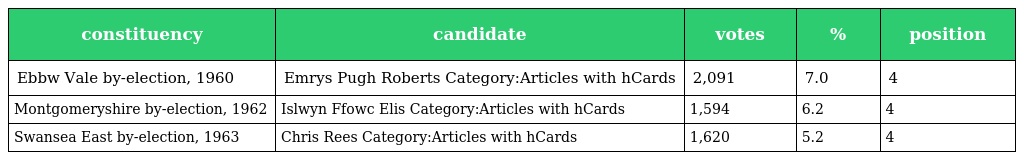
| constituency | candidate | votes | % | position |
 | --- | --- | --- | --- | --- |
 | Ebbw Vale by-election, 1960 | Emrys Pugh Roberts Category:Articles with hCards | 2,091 | 7.0 | 4 |
 | Montgomeryshire by-election, 1962 | Islwyn Ffowc Elis Category:Articles with hCards | 1,594 | 6.2 | 4 |
 | Swansea East by-election, 1963 | Chris Rees Category:Articles with hCards | 1,620 | 5.2 | 4 |